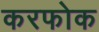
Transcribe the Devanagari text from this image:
करफोक